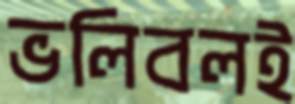
ভলিবলই